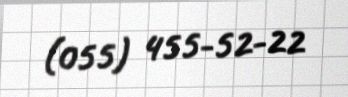
(055) 455-52-22